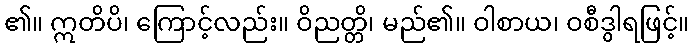
၏။ ဣတိပိ၊ ကြောင့်လည်း။ ဝိညတ္တိ၊ မည်၏။ ဝါစာယ၊ ဝစီဒွါရဖြင့်။